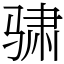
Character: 骕